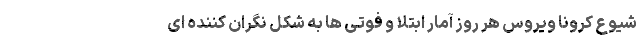
شیوع کرونا ویروس هر روز آمار ابتلا و فوتی ها به شکل نگران کننده ای